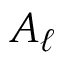
A _ { \ell }